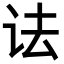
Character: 𫍜